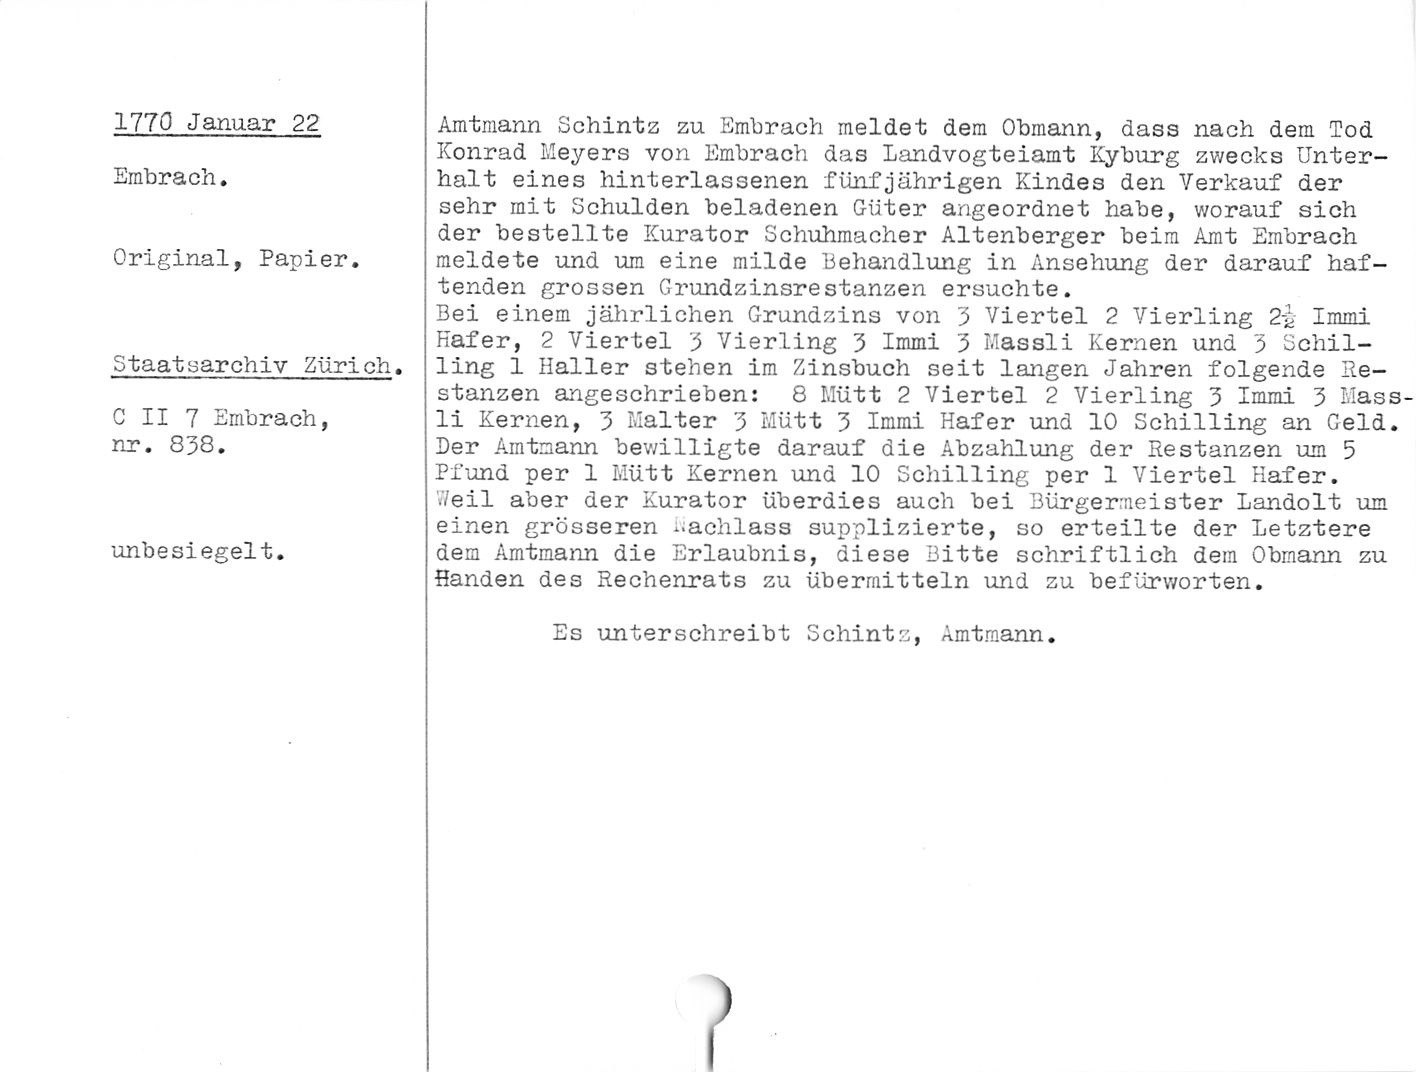
1770 Januar 22

Srabrach.

Original, Papier.

Staatsarchiv Zürich.

C II 7 Embrach,
nr. 838.

unbesiegelt.

Amtmann Schintz zu Embrach meldet dem Obmann, dass nach dem Tod
Konrad Meyers von Embrach das Landvogteiamt Kyburg zv/ecks Unter¬
halt eines hinterlassenen fünfjährigen Kindes den Verkauf der
sehr mit Schulden beladenen Güter angeordnet habe, worauf sich
der bestellte Kurator Schuhmacher Altenberger beim Amt Embrach
meldete und um eine milde Behandlung in Ansehung der darauf haf¬
tenden grossen Grundzinsrestanzen ersuchte.

Bei einem jährlichen Grundzins von 3 Viertel 2 Vierling 2£ Immi
Hafer, 2 Viertel 3 Vierling 3 Immi 3 Massli Kernen und 3 Schil¬
ling 1 Haller stehen im Zinsbuch seit langen Jahren folgende Re-
stanzen angeschrieben: 6 Mütt 2 Viertel 2 Vierling 3 Immi 3 Mass

li Kernen, 3 Malter 3 Mütt 3 Immi Hafer und 10 Schilling an Geld.
Der Amtmann bewilligte darauf die Abzahlung der Restanzen um 5
Pfund per 1 Mütt Kernen und 10 Schilling per 1 Viertel Hafer.

Weil aber der Kurator überdies auch bei Bürgermeister Landolt um
einen grösseren Nachlass supplizierte, so erteilte der Letztere
dem Amtmann die Erlaubnis, diese Bitte schriftlich dem Obmann zu
Händen des Rechenrats zu übermitteln und zu befürworten.

Es unterschreibt Schintz, Amtmann.

)